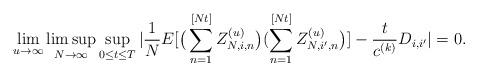
LaTeX: \begin{align*}\lim_{u\to\infty}\limsup_{N\to\infty}\sup_{0\leq t\leq T}|\frac1NE[\big(\sum_{n=1}^{[Nt]}Z^{(u)}_{N,i,n}\big)(\sum_{n=1}^{[Nt]}Z^{(u)}_{N,i',n}\big)]-\frac t{c^{(k)}}D_{i,i'}|=0.\end{align*}